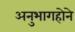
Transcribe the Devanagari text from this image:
अनुभागहोने